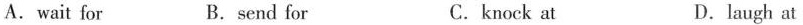
A. wait for B.send for C. knock at D.laugh at